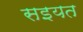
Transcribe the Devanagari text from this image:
सइयत